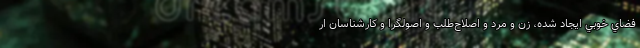
فضاي خوبي ايجاد شده، زن و مرد و اصلاح‌طلب و اصولگرا و کارشناسان ار